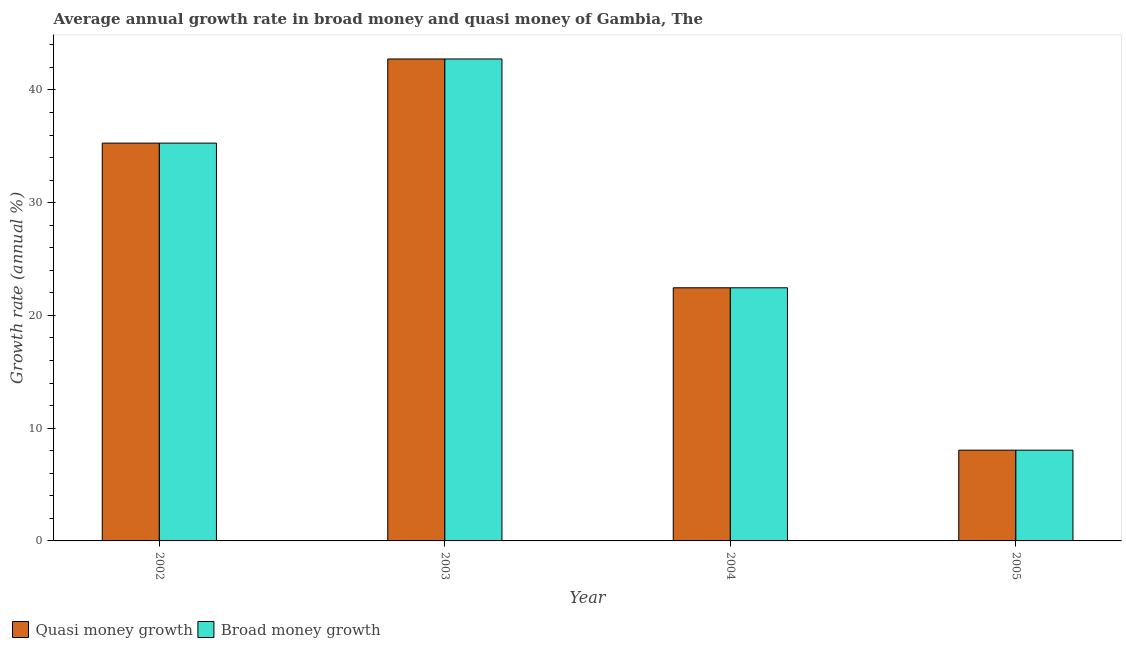
| Year | Quasi money growth | Broad money growth |
 | --- | --- | --- |
 | 2002 | 35.3 | 35.3 |
 | 2003 | 42.7 | 42.7 |
 | 2004 | 22.5 | 22.5 |
 | 2005 | 8.05 | 8.05 |